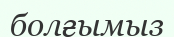
болғымыз